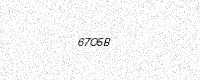
Text: 67O5B